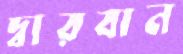
দ্বারবান